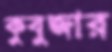
কুবুজার